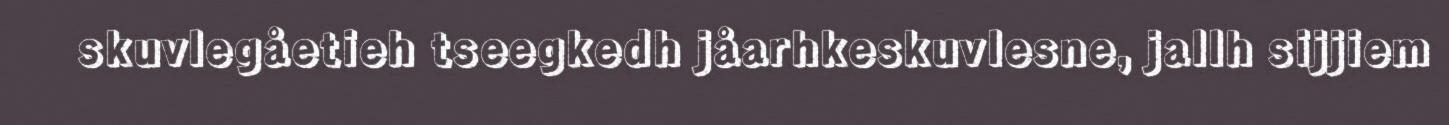
skuvlegåetieh tseegkedh jåarhkeskuvlesne, jallh sijjiem